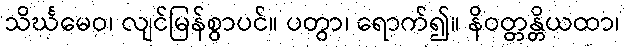
သိင်္ဃမေဝ၊ လျင်မြန်စွာပင်။ ပတွာ၊ ရောက်၍။ နိဝတ္တန္တိယထာ၊